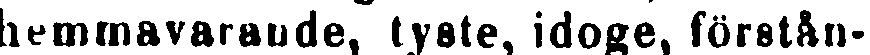
hemmavarande, tyste, idoge, förstån-